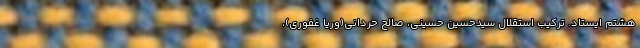
هشتم ایستاد. ترکیب استقلال سیدحسین حسینی، صالح حردانی(وریا غفوری)،